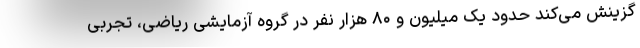
گزینش می‌کند حدود یک میلیون و ۸۰ هزار نفر در گروه آزمایشی ریاضی، تجربی